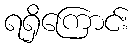
ရရှိကြောင်း